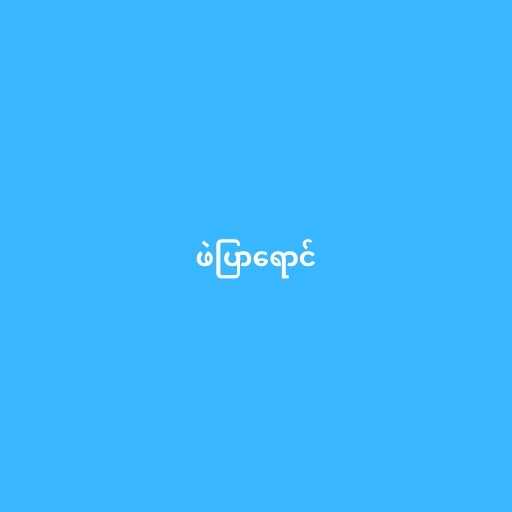
ဖဲပြာရောင်